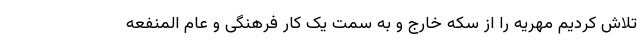
تلاش کردیم مهریه‌ را از سکه خارج و به سمت یک کار فرهنگی و عام المنفعه